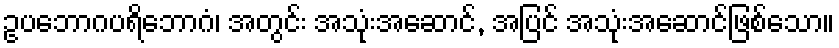
ဥပဘောဂပရိဘောဂံ၊ အတွင်း အသုံးအဆောင်, အပြင် အသုံးအဆောင်ဖြစ်သော။